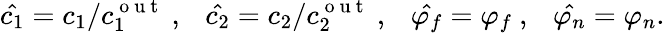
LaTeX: \hat{c_{1}}=c_{1}/c_{1}^{\mathrm{~o~u~t~}}~,~~~\hat{c_{2}}=c_{2}/c_{2}^{\mathrm{~o~u~t~}}~,~~~\hat{\varphi_{f}}=\varphi_{f}~,~~~\hat{\varphi_{n}}=\varphi_{n}.